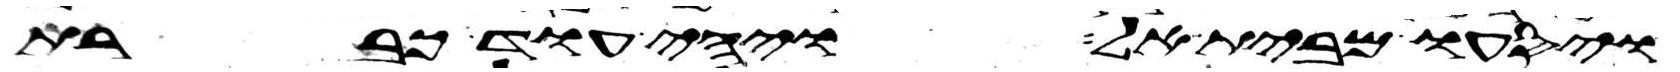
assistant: ויסעו מבית אל ויהי עוד כברת